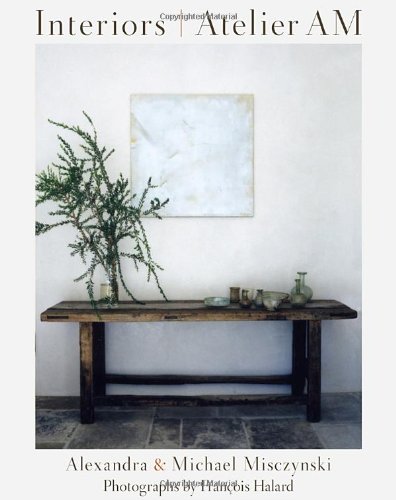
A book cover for Interiors Atelier AM; Alexandra Misczynski; Arts & Photography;